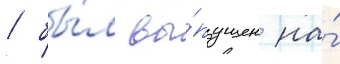
/ бы́л вы́пущен на́